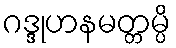
ဂဒ္ဒုဟနမတ္တမ္ပိ